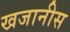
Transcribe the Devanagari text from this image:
खजानीस